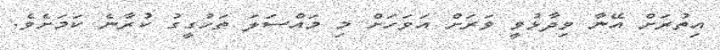
އިތުރަށް އޭނާ ވިދާޅުވީ ވަރަށް އަވަހަށް މި މައްސަލަ ތަހުގީގު ކުރާނެ ކަމަށެވެ.